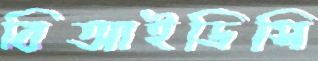
বিআইডিসি